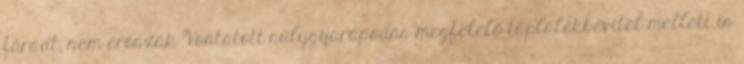
fáradt, nem erőszak Vontatott súlygyarapodás megfelelő táplálékbevitel mellett is